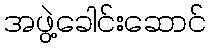
အဖွဲ့ခေါင်းဆောင်